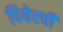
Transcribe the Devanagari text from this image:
पियेरची